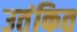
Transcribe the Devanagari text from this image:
उतंकित